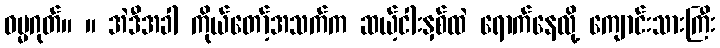
ဓမ္မဂုတ်။ ။ အဲဒီအခါ ကိုယ်တော့်အသက်က ဆယ့်ငါးနှစ်ထဲ ရောက်နေလို့ ကျောင်းသားကြီး